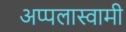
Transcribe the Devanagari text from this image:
अप्पलास्वामी